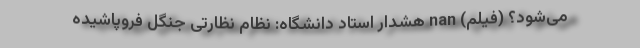
می‌شود؟ (فیلم) nan هشدار استاد دانشگاه: نظام نظارتی جنگل فروپاشیده